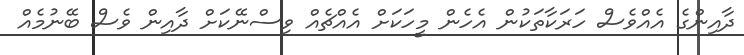
ދާއިންގެ އެއްވެސް ހަރަކާތަކުން އެހެން މީހަކަށް އެއްޗެއް ވިސްނޭކަށް ދާއިން ވެސް ބޭނުމެއް